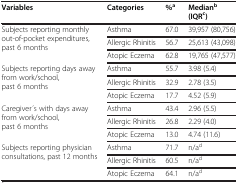
<table><thead><tr><td><b>Variables</b></td><td><b>Categories</b></td><td><b>%<sup>a</sup></b></td><td><b>Median<sup>b</sup>(IQR<sup>c</sup>)</b></td></tr></thead><tbody><tr><td rowspan="3">Subjects reporting monthly out-of-pocket expenditures, past 6 months</td><td>Asthma</td><td>67.0</td><td>39,957 (80,756)</td></tr><tr><td>Allergic Rhinitis</td><td>56.7</td><td>25,613 (43,098)</td></tr><tr><td>Atopic Eczema</td><td>62.8</td><td>19,765 (47,577)</td></tr><tr><td rowspan="3">Subjects reporting days away from work/school, past 6 months</td><td>Asthma</td><td>55.7</td><td>3.98 (5.4)</td></tr><tr><td>Allergic Rhinitis</td><td>32.9</td><td>2.78 (3.5)</td></tr><tr><td>Atopic Eczema</td><td>17.7</td><td>4.52 (5.9)</td></tr><tr><td rowspan="3">Caregiver ́s with days away from work/school, past 6 months</td><td>Asthma</td><td>43.4</td><td>2.96 (5.5)</td></tr><tr><td>Allergic Rhinitis</td><td>26.8</td><td>2.29 (4.0)</td></tr><tr><td>Atopic Eczema</td><td>13.0</td><td>4.74 (11.6)</td></tr><tr><td rowspan="3">Subjects reporting physician consultations, past 12 months</td><td>Asthma</td><td>71.7</td><td>n/a<sup>d</sup></td></tr><tr><td>Allergic Rhinitis</td><td>60.5</td><td>n/a<sup>d</sup></td></tr><tr><td>Atopic Eczema</td><td>64.1</td><td>n/a<sup>d</sup></td></tr></tbody></table>